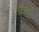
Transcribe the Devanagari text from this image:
चिकटे